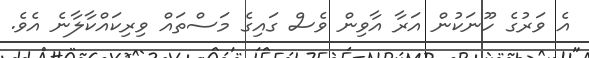
އެ ވަރުގެ ހޫނަކުން އަރާ އާވިން ވެސް ގައިގެ މަސްތައް ވިރިކައްކާލާނެ އެވެ.